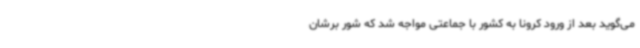
می‌گوید بعد از ورود کرونا به کشور با جماعتی مواجه شد که شور برشان